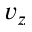
v _ { z }